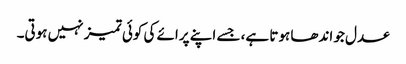
عدل جو اندھا ہوتا ہے، جسے اپنے پرائے کی کوئی تمیز نہیں ہوتی۔